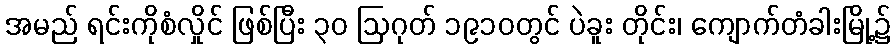
အမည် ရင်းကိုစံလှိုင် ဖြစ်ပြီး ၃၀ ဩဂုတ် ၁၉၁၀တွင် ပဲခူး တိုင်း၊ ကျောက်တံခါးမြို့၌